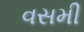
વસમી